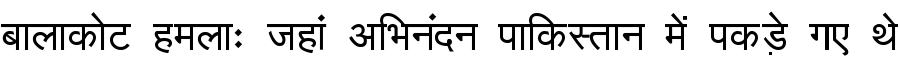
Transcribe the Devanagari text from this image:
बालाकोट हमलाः जहां अभिनंदन पाकिस्तान में पकड़े गए थे